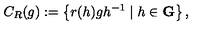
C _ { R } ( g ) : = \left\{ r ( h ) g h ^ { - 1 } \mid h \in \mathbf { G } \right\} ,